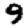
Digit: 9